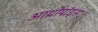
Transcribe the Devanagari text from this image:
आर्थ्रोपॉड्स